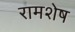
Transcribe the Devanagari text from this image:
रामशेष